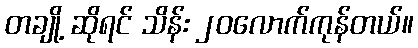
တချို့ ဆိုရင် သိန်း ၂၀လောက်ကုန်တယ်။